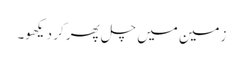
زمین میں چل پھر کر دیکھو۔